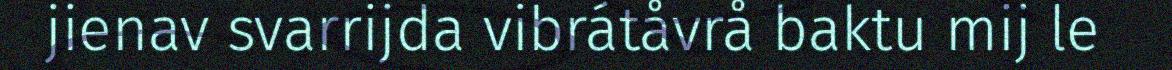
jienav svarrijda vibrátåvrå baktu mij le